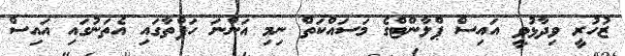
ޒުހުރީ ވިދާޅުވީ އައިސް ޕްލާންޓްގެ މަަސައްކަތް ނިމި އަންނަ ހަފްތާގައި އެތަނުގައި އައިސް